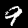
Label: 9